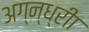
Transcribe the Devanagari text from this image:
अग्न्ध्रीा